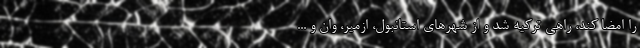
را امضا کند، راهی ترکیه شد و از شهرهای استانبول، ازمیر، وان و ...